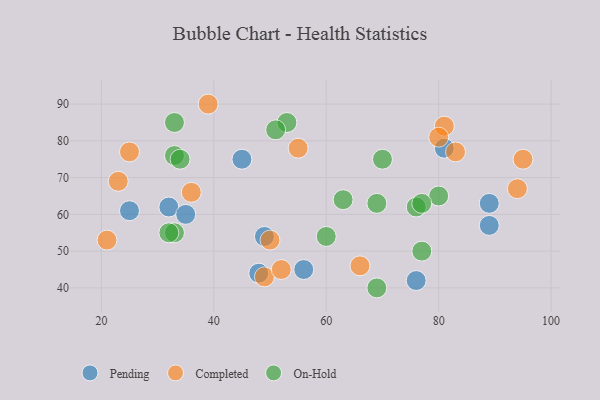
{"axis": {"x": "GDP", "y": "Life Expectancy"}, "legend": ["Completed", "On-Hold", "Pending"], "data": [{"x": "89", "y": 57, "type": "Pending"}, {"x": "56", "y": 45, "type": "Pending"}, {"x": "89", "y": 63, "type": "Pending"}, {"x": "81", "y": 78, "type": "Pending"}, {"x": "45", "y": 75, "type": "Pending"}, {"x": "76", "y": 42, "type": "Pending"}, {"x": "32", "y": 62, "type": "Pending"}, {"x": "25", "y": 61, "type": "Pending"}, {"x": "48", "y": 44, "type": "Pending"}, {"x": "35", "y": 60, "type": "Pending"}, {"x": "49", "y": 54, "type": "Pending"}, {"x": "39", "y": 90, "type": "Completed"}, {"x": "36", "y": 66, "type": "Completed"}, {"x": "55", "y": 78, "type": "Completed"}, {"x": "94", "y": 67, "type": "Completed"}, {"x": "50", "y": 53, "type": "Completed"}, {"x": "81", "y": 84, "type": "Completed"}, {"x": "21", "y": 53, "type": "Completed"}, {"x": "49", "y": 43, "type": "Completed"}, {"x": "83", "y": 77, "type": "Completed"}, {"x": "66", "y": 46, "type": "Completed"}, {"x": "80", "y": 81, "type": "Completed"}, {"x": "95", "y": 75, "type": "Completed"}, {"x": "23", "y": 69, "type": "Completed"}, {"x": "25", "y": 77, "type": "Completed"}, {"x": "52", "y": 45, "type": "Completed"}, {"x": "69", "y": 40, "type": "On-Hold"}, {"x": "77", "y": 50, "type": "On-Hold"}, {"x": "60", "y": 54, "type": "On-Hold"}, {"x": "80", "y": 65, "type": "On-Hold"}, {"x": "63", "y": 64, "type": "On-Hold"}, {"x": "33", "y": 76, "type": "On-Hold"}, {"x": "34", "y": 75, "type": "On-Hold"}, {"x": "53", "y": 85, "type": "On-Hold"}, {"x": "33", "y": 55, "type": "On-Hold"}, {"x": "76", "y": 62, "type": "On-Hold"}, {"x": "32", "y": 55, "type": "On-Hold"}, {"x": "70", "y": 75, "type": "On-Hold"}, {"x": "51", "y": 83, "type": "On-Hold"}, {"x": "33", "y": 85, "type": "On-Hold"}, {"x": "69", "y": 63, "type": "On-Hold"}, {"x": "77", "y": 63, "type": "On-Hold"}]}